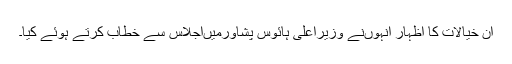
ان خیالات کا اظہار اُنہوںنے وزیراعلیٰ ہائوس پشاورمیںاجلاس سے خطاب کرتے ہوئے کیا۔